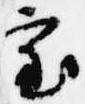
審